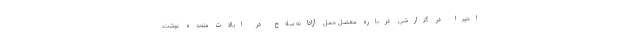
اخیراً در گزارشی درباره معضل حمل آزادانه سلاح در ایالات متحده نوشت،